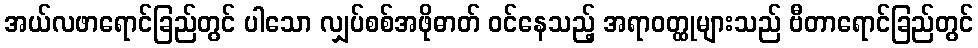
အယ်လဖာရောင်ခြည်တွင် ပါသော လျှပ်စစ်အဖိုဓာတ် ဝင်နေသည့် အရာဝတ္ထုများသည် ဗီတာရောင်ခြည်တွင်